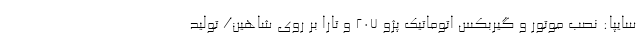
سایپا: نصب موتور و گیربکس اتوماتیک پژو 207 و تارا بر روی شاهین/ تولید